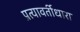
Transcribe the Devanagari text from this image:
प्रत्यावर्तीधारा